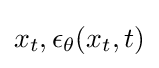
x_{t},\epsilon _{\theta }(x_{t},t)